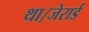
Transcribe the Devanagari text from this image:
था।जेरार्ड